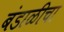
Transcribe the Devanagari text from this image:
बंडाळीचा